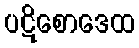
ပဋိစောဒေထ